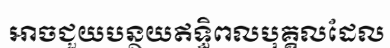
អាចជួយបន្ថយឥទ្ធិពលបុគ្គលដែល